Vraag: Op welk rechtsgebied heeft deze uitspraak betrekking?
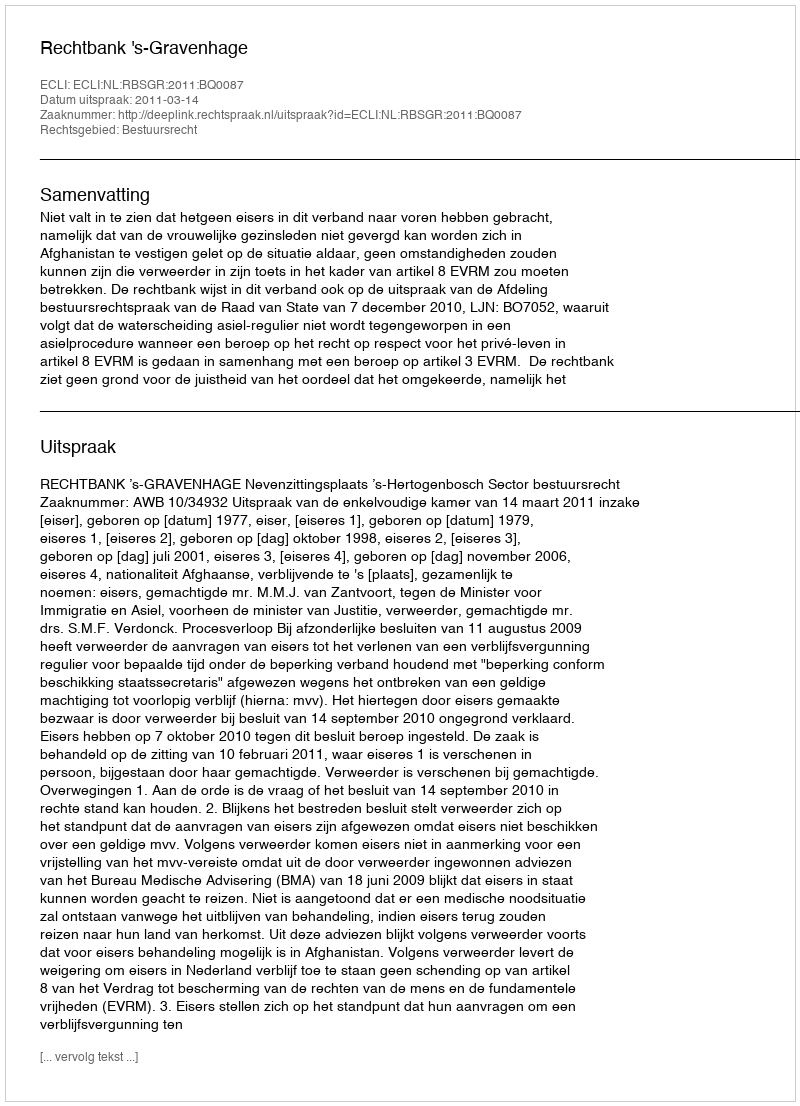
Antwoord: Bestuursrecht